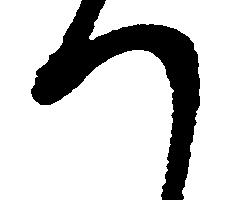
つ